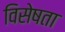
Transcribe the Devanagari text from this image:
विसेषता